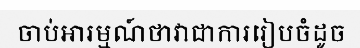
ចាប់អារម្មណ៍ថាវាជាការរៀបចំដូច